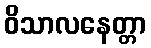
ဝိသာလနေတ္တာ